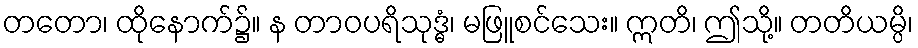
တတော၊ ထိုနောက်၌။ န တာဝပရိသုဒ္ဓံ၊ မဖြူစင်သေး။ ဣတိ၊ ဤသို့။ တတိယမ္ပိ၊